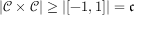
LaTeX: | { \mathcal { C } } \times { \mathcal { C } } | \geq | [ - 1 , 1 ] | = { \mathfrak { c } }